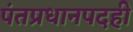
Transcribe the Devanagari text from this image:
पंतप्रधानपदही